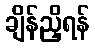
ချိန်ညှိရန်